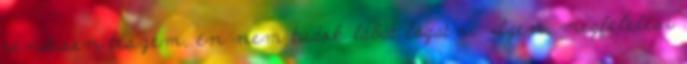
rendesen teszem, én nem tudok lábat lógatni. Igen, megfelelési